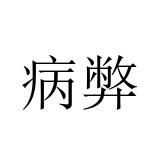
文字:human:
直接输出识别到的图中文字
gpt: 病弊